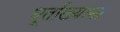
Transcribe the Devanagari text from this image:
धूर्ताख्यान।